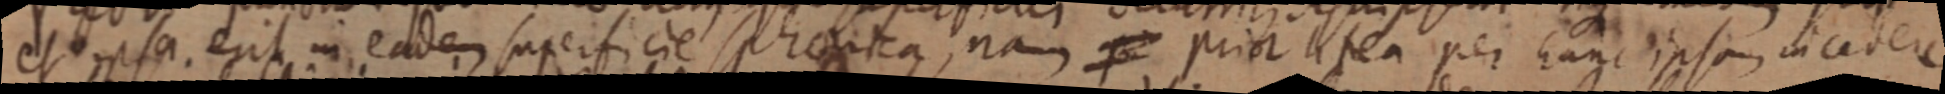
et ipsa erit in eadem superficie sphaerica, nam _ prior _ per hunc ipsum in cadere